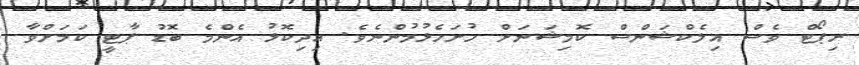
ރިޕޯޓް ވެސް އިލެކްޝަންސް ކޮމިޝަނަށް ހުށަހެޅުމުންނެވެ. އިދިކޮޅު އެންމެ ބޮޑު ޕާޓީ ކަމަށްވާ